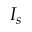
I _ { s }